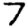
Digit: 7